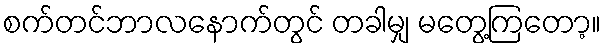
စက်တင်ဘာလနောက်တွင် တခါမျှ မတွေ့ကြတော့။